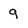
Character: 9